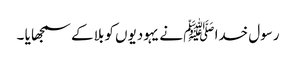
رسول خدا ﷺ نے یہودیوں کو بلا کے سمجھا یا ۔